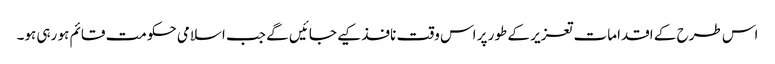
اس طرح کے اقدامات تعزیر کے طور پر اس وقت نافذ کیے جائیں گے جب اسلامی حکومت قائم ہو رہی ہو۔